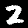
Digit: 2